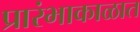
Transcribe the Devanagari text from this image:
प्रारंभाकाळात